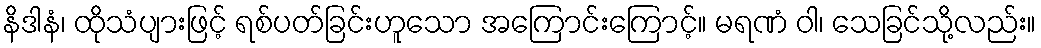
နိဒါနံ၊ ထိုသံပျားဖြင့် ရစ်ပတ်ခြင်းဟူသော အကြောင်းကြောင့်။ မရဏံ ဝါ၊ သေခြင်သို့လည်း။